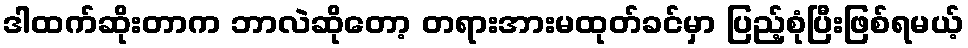
ဒါထက်ဆိုးတာက ဘာလဲဆိုတော့ တရားအားမထုတ်ခင်မှာ ပြည့်စုံပြီးဖြစ်ရမယ့်